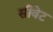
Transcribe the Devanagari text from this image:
सीवेट